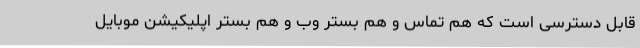
قابل دسترسی است که هم تماس و هم بستر وب و هم بستر اپلیکیشن موبایل